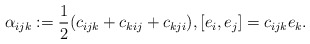
\begin{align*}\alpha _{ijk}:= \frac{1}{2} (c_{ijk}+ c_{kij} + c_{kji}), [ e_{i},e_{j} ] = c_{ijk} e_{k} .\end{align*}